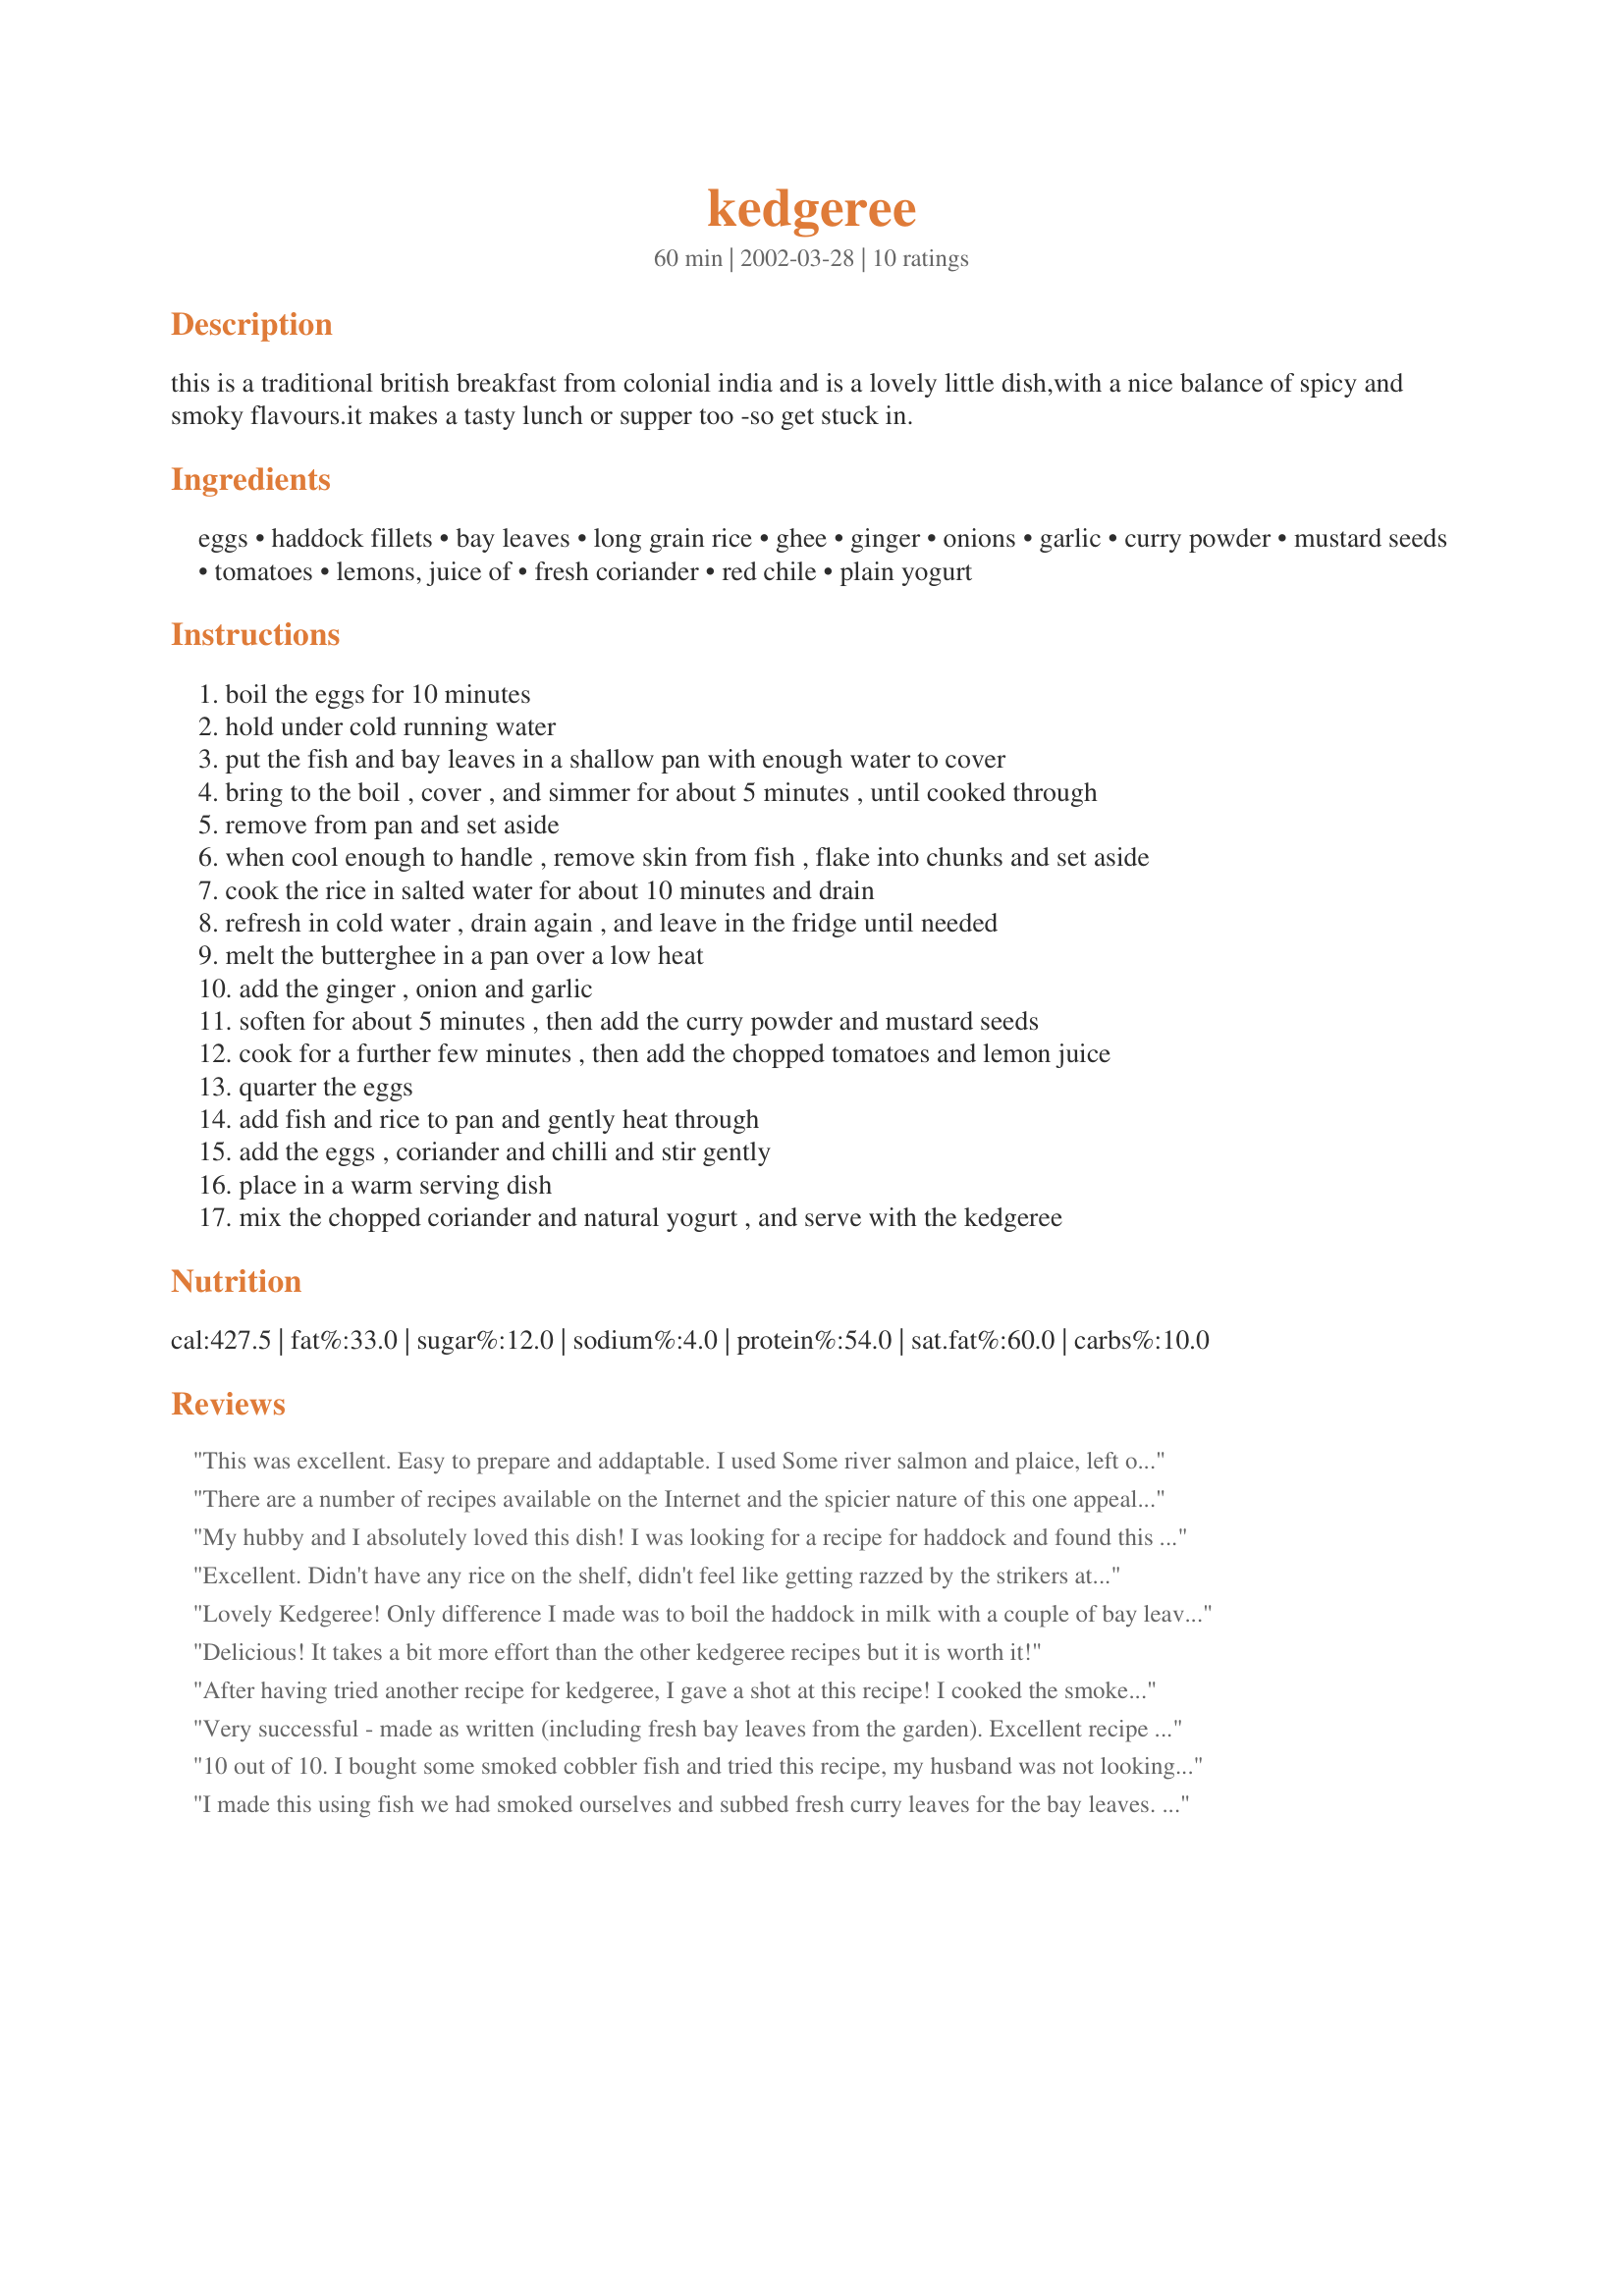
kedgeree
Preparation time: 60 minutes

this is a traditional british breakfast from colonial india and is a lovely little dish,with a nice balance of spicy and smoky flavours.it makes a tasty lunch or supper too -so get stuck in.

Ingredients:
eggs, haddock fillets, bay leaves, long grain rice, ghee, ginger, onions, garlic, curry powder, mustard seeds, tomatoes, lemons, juice of, fresh coriander, red chile, plain yogurt

Steps:
boil the eggs for 10 minutes
hold under cold running water
put the fish and bay leaves in a shallow pan with enough water to cover
bring to the boil , cover , and simmer for about 5 minutes , until cooked through
remove from pan and set aside
when cool enough to handle , remove skin from fish , flake into chunks and set aside
cook the rice in salted water for about 10 minutes and drain
refresh in cold water , drain again , and leave in the fridge until needed
melt the butterghee in a pan over a low heat
add the ginger , onion and garlic
soften for about 5 minutes , then add the curry powder and mustard seeds
cook for a further few minutes , then add the chopped tomatoes and lemon juice
quarter the eggs
add fish and rice to pan and gently heat through
add the eggs , coriander and chilli and stir gently
place in a warm serving dish
mix the chopped coriander and natural yogurt , and serve with the kedgeree

Reviews:
This was excellent. Easy to prepare and addaptable. I used Some river salmon and plaice, left out the Mustard seeds (couldn't find them!) and coriander and chili. But I added a whole large chopped leek and a few mushrooms that wanted using up. Fast and tasty - thank you for a great recipe.
There are a number of recipes available on the Internet and the spicier nature of this one appeals to the present British palate - Indian curries replaced the more traditional fish and chips a long time ago...!
My hubby and I absolutely loved this dish! I was looking for a recipe for haddock and found this & am very glad that I did. I made a few minor changes to the recipe as I went along: -poached the fish fillets in milk instead of water -used a teaspoon of grainy mustard instead of mustard seeds -used regular butter instead of ghee -cut down the amount of cilantro since I'm not a huge fan & -added a 1/2 teaspoon of turmeric. It turned out very well & was very easy to make. I will definitely be making this again. Thanks for a wonderful recipe :-)
Excellent. Didn't have any rice on the shelf, didn't feel like getting razzed by the strikers at the store, so I used cous cous in stead. It was great! We'll do this one again, thanks Peter.
Lovely Kedgeree! Only difference I made was to boil the haddock in milk with a couple of bay leaves to make it more tender.
Delicious! It takes a bit more effort than the other kedgeree recipes but it is worth it!
After having tried another recipe for kedgeree, I gave a shot at this recipe! I cooked the smoked cod in milk and subsituted the ghee for real butter - (we can't get haddock where I live). 
My husband's comment was "wow" lovely flavour! "Put this recipe in the weekly box!" :-) I agree, very nice and we can't wait for the leftovers for tomorrow lunch! Thank you for sharing!
Very successful - made as written (including fresh bay leaves from the garden). Excellent recipe and so good to be able to prepare it in advance
10 out of 10. I bought some smoked cobbler fish and tried this recipe, my husband was not looking forward to this as I had cooked fish about 5 times this week. What a fantastic surprise, the taste was amazing, not like any other Kedgeree recipe I have ever tried. I used frozen corriander as I didn't have any fresh and I used 'Lazy garlic, ginger and chilli' but the end result was brilliant and I will deffinately be cooking this again, and again and again! My husband was well impressed.
I made this using fish we had smoked ourselves and subbed fresh curry leaves for the bay leaves. It was pretty simple and as we smoke a lot of fish, I'm sure it will get made again sometime soon.Lots of nice fresh flavours in this, just finished of perfectly with the natural yoghurt.
